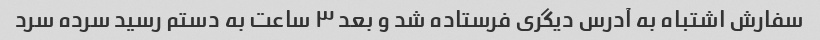
سفارش اشتباه به آدرس دیگری فرستاده شد و بعد ٣ ساعت به دستم رسید سرده سرد